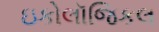
ઇકોલૉજિકલ